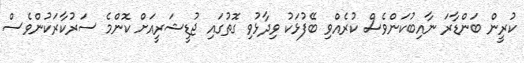
ކުރީން ބަންޑާރަ ނާއިބުކަންވެސް ކުރެއްވި ބޭފުޅަކު ވިދާޅުވި ގޮތުގައި ޖުޑީޝަރީއަށް ކޮންމެ ސަރުކާރަކުންވެސް